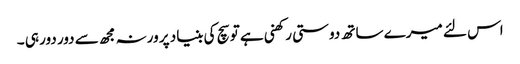
اس لئے میرے ساتھ دوستی رکھنی ہے تو سچ کی بنیاد پر ورنہ مجھ سے دور دور ہی ۔